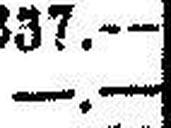
—.—